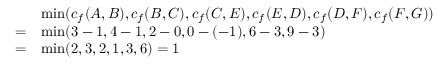
{ \begin{array} { r l } & { \operatorname* { m i n } ( c _ { f } ( A , B ) , c _ { f } ( B , C ) , c _ { f } ( C , E ) , c _ { f } ( E , D ) , c _ { f } ( D , F ) , c _ { f } ( F , G ) ) } \\ { = } & { \operatorname* { m i n } ( 3 - 1 , 4 - 1 , 2 - 0 , 0 - ( - 1 ) , 6 - 3 , 9 - 3 ) } \\ { = } & { \operatorname* { m i n } ( 2 , 3 , 2 , 1 , 3 , 6 ) = 1 } \end{array} }